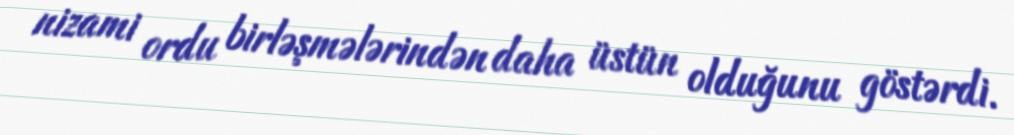
nizami ordu birləşmələrindən daha üstün olduğunu göstərdi.